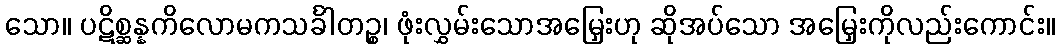
သော။ ပဋိစ္ဆန္နကိလောမကသင်္ခါတဉ္စ၊ ဖုံးလွှမ်းသောအမြှေးဟု ဆိုအပ်သော အမြှေးကိုလည်းကောင်း။